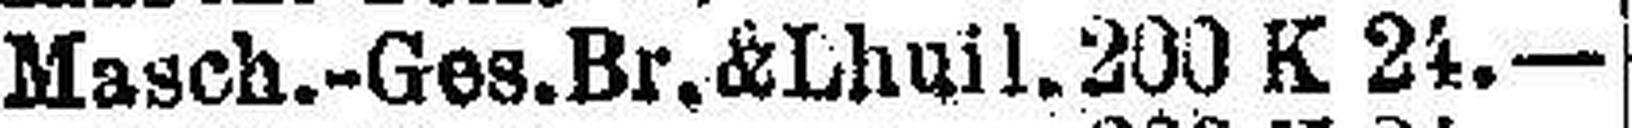
Masch.-Ges. Br. & Lhuil. 200 K 24.—